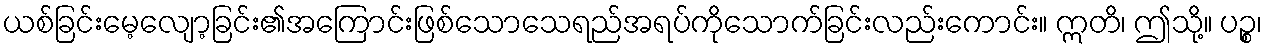
ယစ်ခြင်းမေ့လျော့ခြင်း၏အကြောင်းဖြစ်သောသေရည်အရပ်ကိုသောက်ခြင်းလည်းကောင်း။ ဣတိ၊ ဤသို့။ ပဉ္စ၊